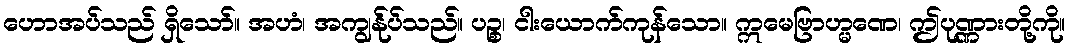
ဟောအပ်သည် ရှိသော်။ အဟံ၊ အကျွန်ုပ်သည်။ ပဉ္စ၊ ငါးယောက်ကုန်သော။ ဣမေဗြာဟ္မဏေ၊ ဤပုဏ္ဏားတို့ကို။